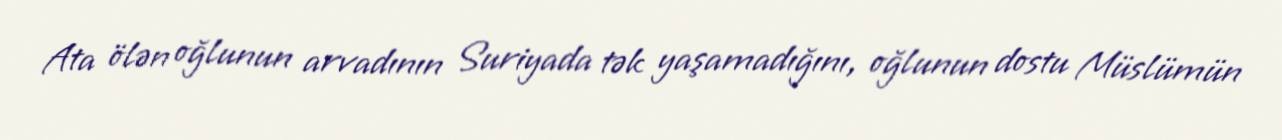
Ata ölən oğlunun arvadının Suriyada tək yaşamadığını, oğlunun dostu Müslümün